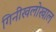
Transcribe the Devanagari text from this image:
गिनीखलोखाल